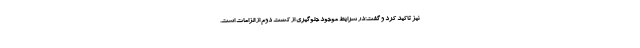
نیز تاکید کرد و گفت:در شرایط موجود جلوگیری از کشت دوم از الزامات است.